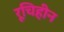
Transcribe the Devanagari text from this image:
रूचिहीन